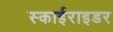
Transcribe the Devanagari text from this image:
स्काईराइडर